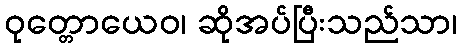
ဝုတ္တောယေဝ၊ ဆိုအပ်ပြီးသည်သာ၊